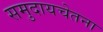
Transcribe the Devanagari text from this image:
समुदायचेतना